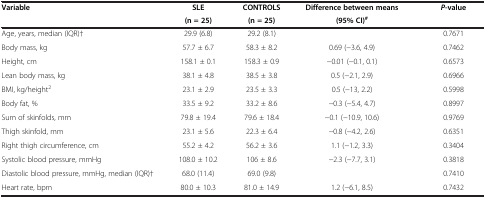
| <ROWSPAN=2> Variable | SLE | CONTROLS | Difference between means | <ROWSPAN=2> P-value |
 | (n = 25) | (n = 25) | (95% CI)# |
 | --- | --- | --- | --- | --- |
 | Age, years, median (IQR)† | 29.9 (6.8) | 29.2 (8.1) |  | 0.7671 |
 | Body mass, kg | 57.7 ± 6.7 | 58.3 ± 8.2 | 0.69 (-3.6, 4.9) | 0.7462 |
 | Height, cm | 158.1 ± 0.1 | 158.3 ± 0.9 | -0.01 (-0.1, 0.1) | 0.6573 |
 | Lean body mass, kg | 38.1 ± 4.8 | 38.5 ± 3.8 | 0.5 (-2.1, 2.9) | 0.6966 |
 | BMI, kg/height2 | 23.1 ± 2.9 | 23.5 ± 3.3 | 0.5 (-13, 2.2) | 0.5998 |
 | Body fat, % | 33.5 ± 9.2 | 33.2 ± 8.6 | -0.3 (-5.4, 4.7) | 0.8997 |
 | Sum of skinfolds, mm | 79.8 ± 19.4 | 79.6 ± 18.4 | -0.1 (-10.9, 10.6) | 0.9769 |
 | Thigh skinfold, mm | 23.1 ± 5.6 | 22.3 ± 6.4 | -0.8 (-4.2, 2.6) | 0.6351 |
 | Right thigh circumference, cm | 55.2 ± 4.2 | 56.2 ± 3.6 | 1.1 (-1.2, 3.3) | 0.3404 |
 | Systolic blood pressure, mmHg | 108.0 ± 10.2 | 106 ± 8.6 | -2.3 (-7.7, 3.1) | 0.3818 |
 | Diastolic blood pressure, mmHg, median (IQR)† | 68.0 (11.4) | 69.0 (9.8) |  | 0.7410 |
 | Heart rate, bpm | 80.0 ± 10.3 | 81.0 ± 14.9 | 1.2 (-6.1, 8.5) | 0.7432 |